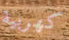
كهربية